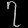
Digit: ၇